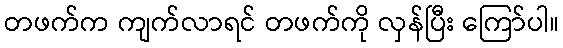
တဖက်က ကျက်လာရင် တဖက်ကို လှန်ပြီး ကြော်ပါ။